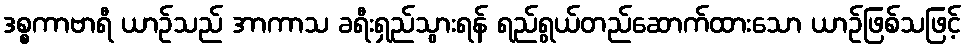
ဒစ္စကာဗာရီ ယာဉ်သည် အာကာသ ခရီးရှည်သွားရန် ရည်ရွယ်တည်ဆောက်ထားသော ယာဉ်ဖြစ်သဖြင့်